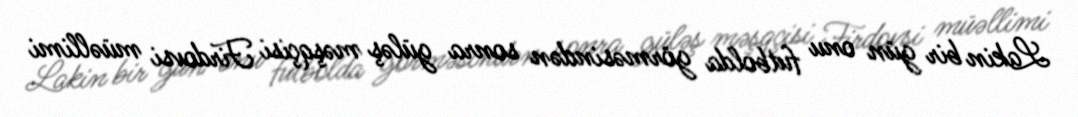
Lakin bir gün onu futbolda görməsindən sonra güləş məşqçisi Firdovsi müəllimi